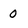
Character: 0